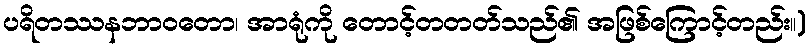
ပရိတဿနဘာဝတော၊ အာရုံကို တောင့်တတတ်သည်၏ အဖြစ်ကြောင့်တည်း။)